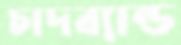
চাদব্যান্ড